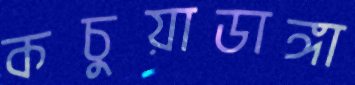
কচুয়াডাঙ্গা